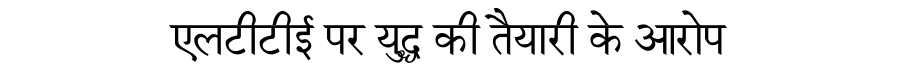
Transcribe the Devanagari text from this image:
एलटीटीई पर युद्ध की तैयारी के आरोप